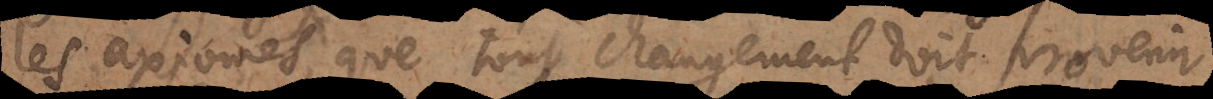
les axiomes, que tout changement doit provenir